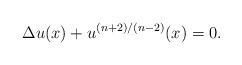
LaTeX: \begin{align*}\Delta u(x)+u^{(n+2)/(n-2)}(x)=0.\end{align*}